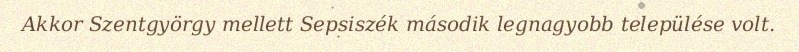
Akkor Szentgyörgy mellett Sepsiszék második legnagyobb települése volt.